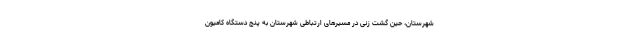
شهرستان، حین گشت زنی در مسیرهای ارتباطی شهرستان به پنج دستگاه کامیون